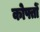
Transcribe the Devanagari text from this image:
कोफ्तों